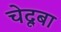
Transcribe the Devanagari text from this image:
चेदूबा